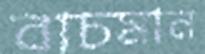
বাচমান